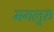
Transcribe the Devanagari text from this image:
मगलुरु